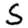
Digit: 5